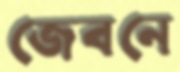
জেবনে